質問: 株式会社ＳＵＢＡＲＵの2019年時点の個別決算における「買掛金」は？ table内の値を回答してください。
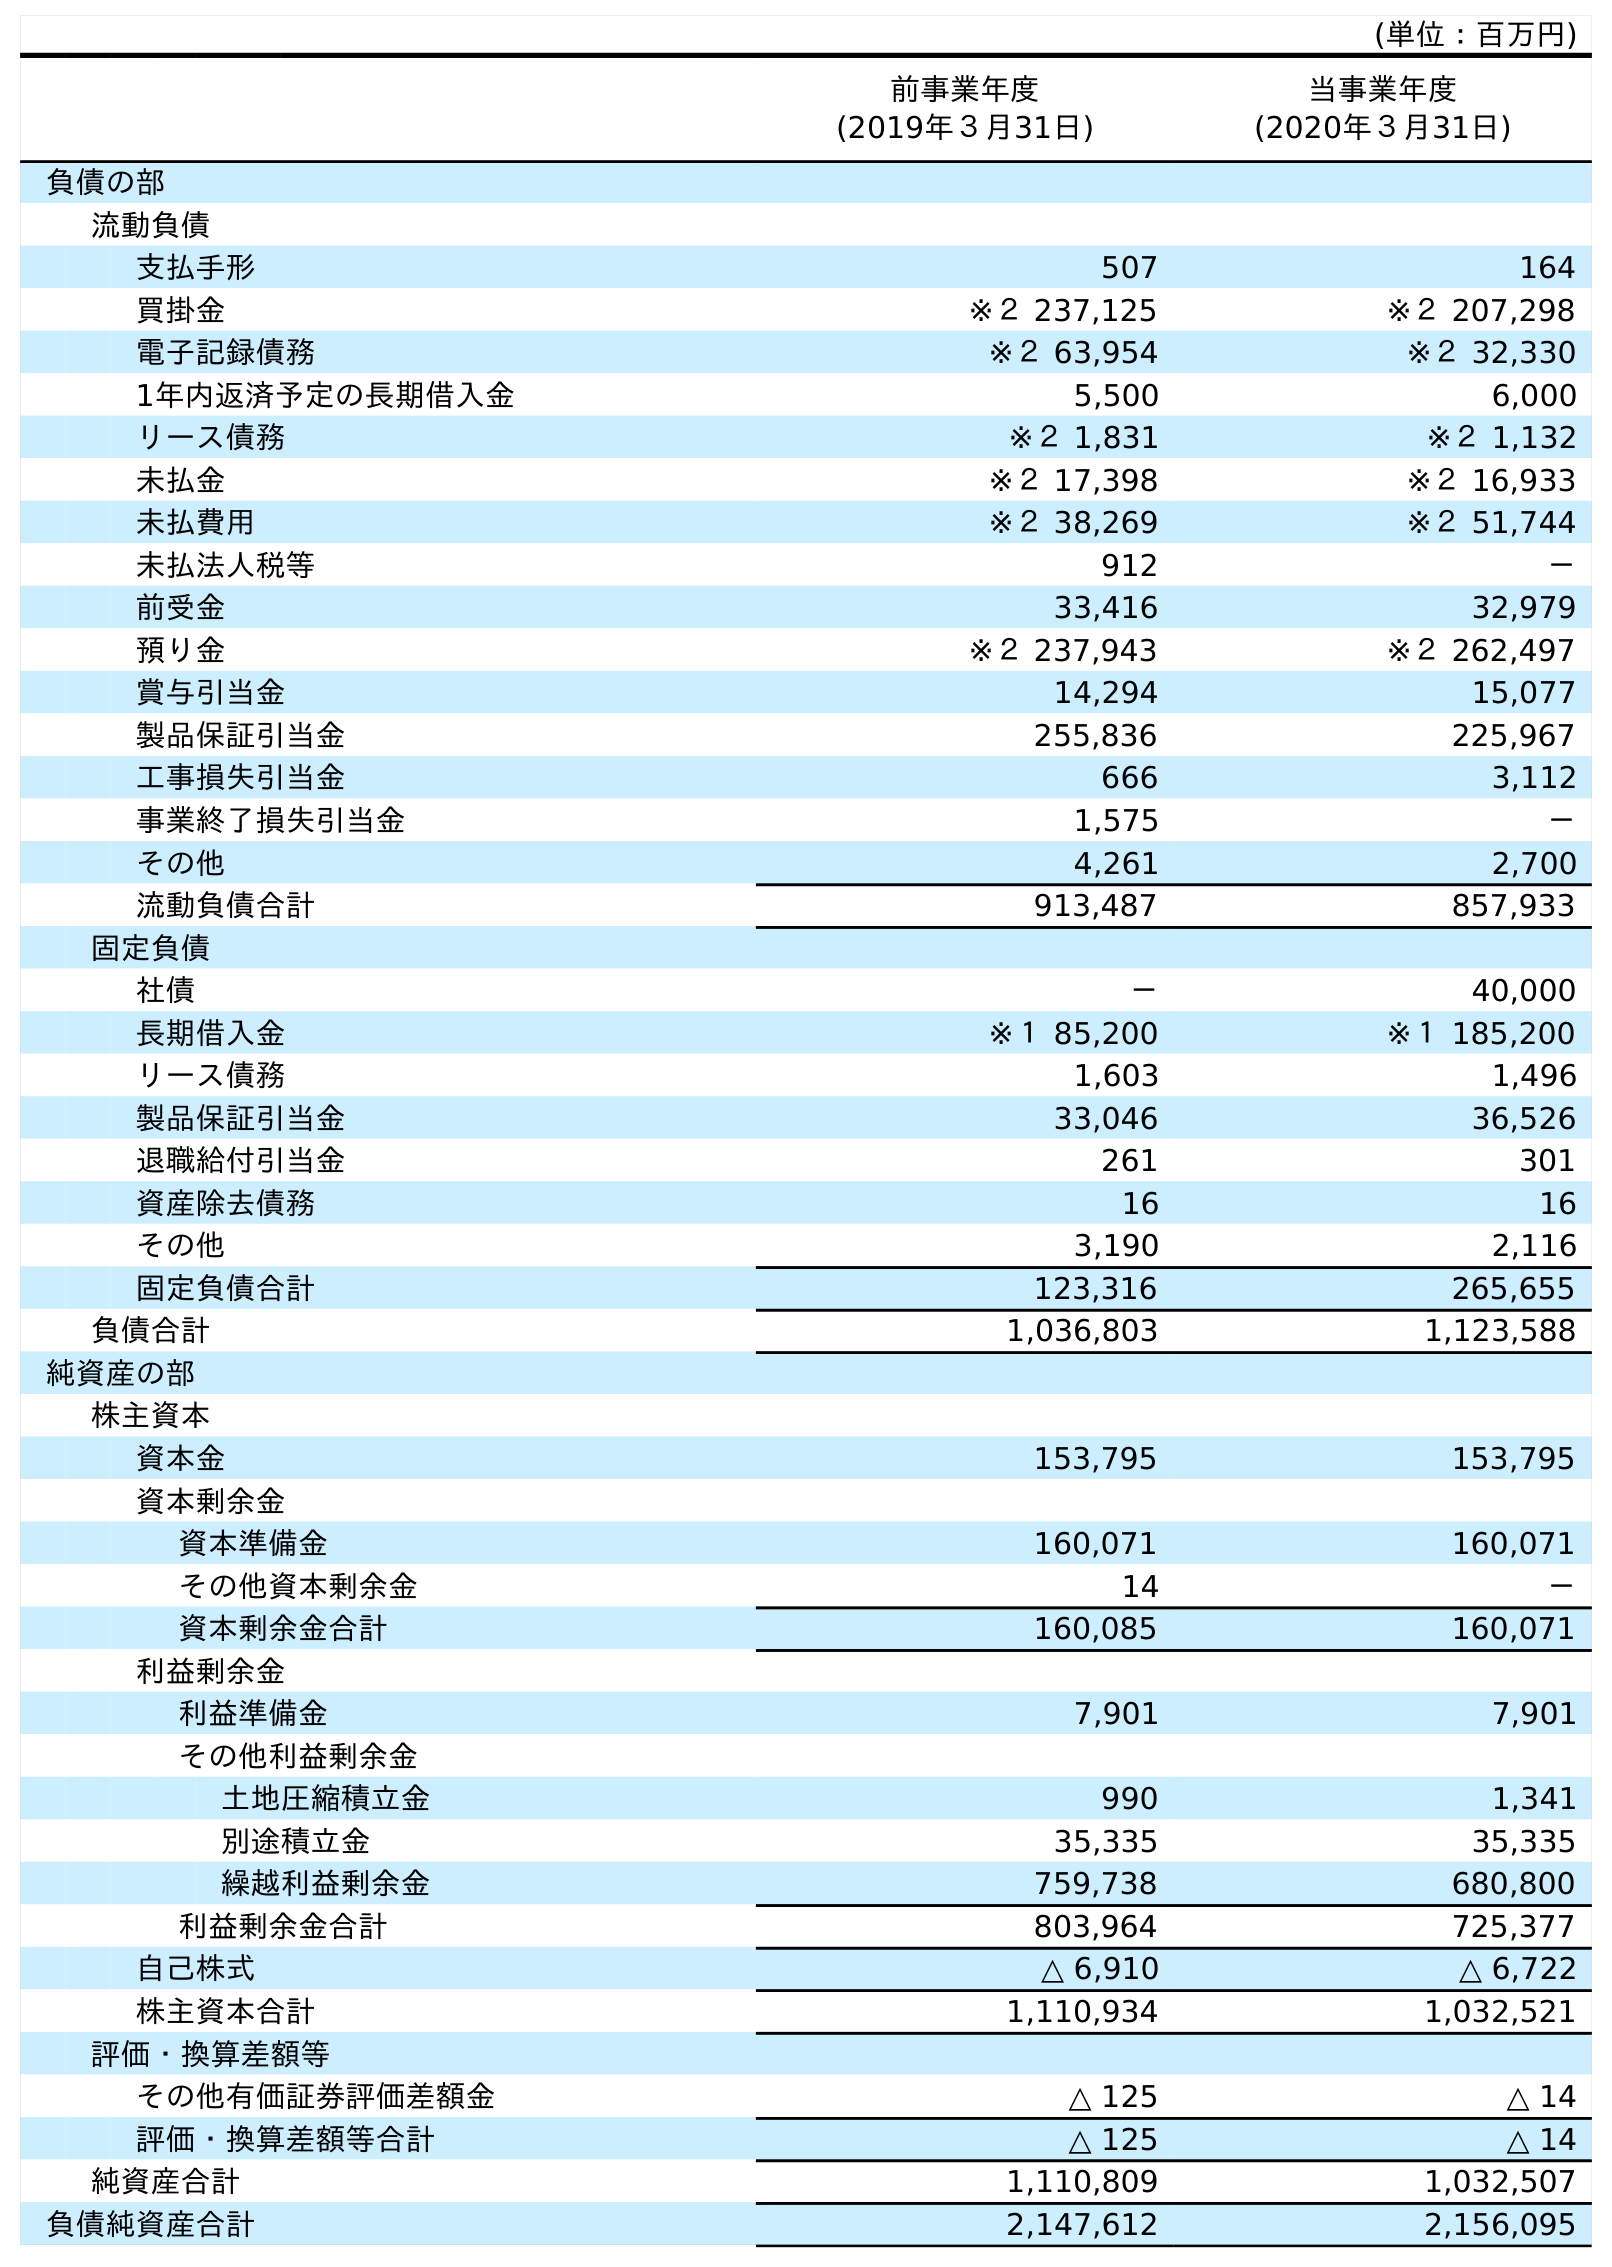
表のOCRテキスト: (単位：百万円) 前事業年度 (2019年３月31日) 当事業年度 (2020年３月31日) 負債の部 流動負債 支払手形 507 164 買掛金 ※２ 237,125 ※２ 207,298 電子記録債務 ※２ 63,954 ※２ 32,330 1年内返済予定の長期借入金 5,500 6,000 リース債務 ※２ 1,831 ※２ 1,132 未払金 ※２ 17,398 ※２ 16,933 未払費用 ※２ 38,269 ※２ 51,744 未払法人税等 912 － 前受金 33,416 32,979 預り金 ※２ 237,943 ※２ 262,497 賞与引当金 14,294 15,077 製品保証引当金 255,836 225,967 工事損失引当金 666 3,112 事業終了損失引当金 1,575 － その他 4,261 2,700 流動負債合計 913,487 857,933 固定負債 社債 － 40,000 長期借入金 ※１ 85,200 ※１ 185,200 リース債務 1,603 1,496 製品保証引当金 33,046 36,526 退職給付引当金 261 301 資産除去債務 16 16 その他 3,190 2,116 固定負債合計 123,316 265,655 負債合計 1,036,803 1,123,588 純資産の部 株主資本 資本金 153,795 153,795 資本剰余金 資本準備金 160,071 160,071 その他資本剰余金 14 － 資本剰余金合計 160,085 160,071 利益剰余金 利益準備金 7,901 7,901 その他利益剰余金 土地圧縮積立金 990 1,341 別途積立金 35,335 35,335 繰越利益剰余金 759,738 680,800 利益剰余金合計 803,964 725,377 自己株式 △ 6,910 △ 6,722 株主資本合計 1,110,934 1,032,521 評価・換算差額等 その他有価証券評価差額金 △ 125 △ 14 評価・換算差額等合計 △ 125 △ 14 純資産合計 1,110,809 1,032,507 負債純資産合計 2,147,612 2,156,095
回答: ※２237,125